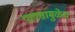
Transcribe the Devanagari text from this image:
पावसामुळेच